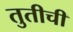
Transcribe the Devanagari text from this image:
तुतीची